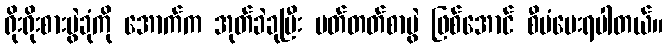
ရိုးရိုးစားပွဲခုံကို အောက်က အုတ်ခဲခုပြီး မတ်တတ်စာပွဲ ဖြစ်အောင် စီမံပေးရပါတယ်။